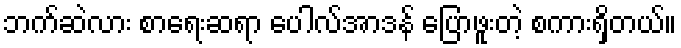
ဘက်ဆဲလား စာရေးဆရာ ပေါလ်အာဒန် ပြောဖူးတဲ့ စကားရှိတယ်။